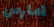
امارس